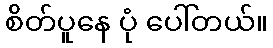
စိတ်ပူနေ ပုံ ပေါ်တယ်။